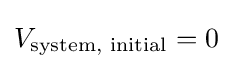
V_{\text{system, initial}}=0